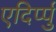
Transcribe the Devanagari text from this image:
एदिर्प्पु